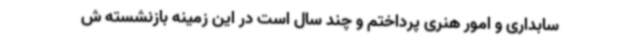
سابداری و امور هنری پرداختم و چند سال است در این زمینه بازنشسته ش